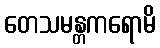
တေသမန္တကရောမိ